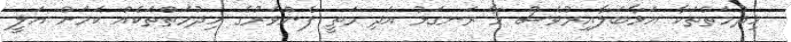
ހިދުމަތްތަކާ އަޅާބަލާއިރުވެސް މާ ރަނގަޅު އަދި މަތީ ފެންވަރުގެ ހިދުމަތްތަކެއް ކަމަށް އަލީ